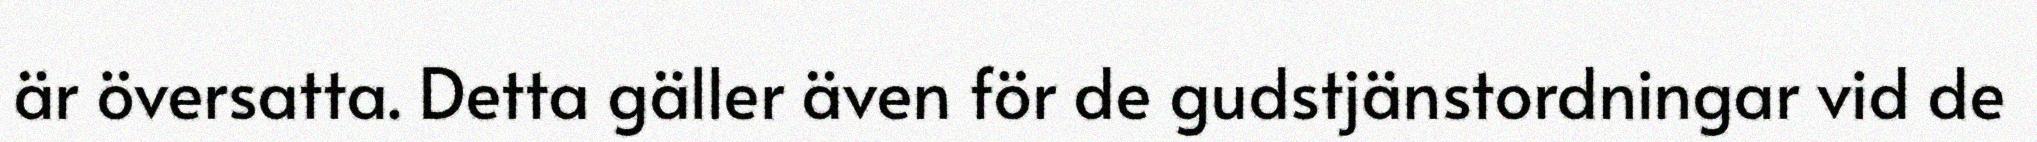
är översatta. Detta gäller även för de gudstjänstordningar vid de